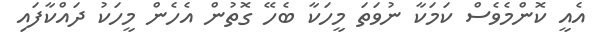
އެއީ ކޮންމެވެސް ކަމަކާ ނުވަތަ މީހަކާ ބެހޭ ގޮތުން އެހެން މީހަކު ދައްކާފައި